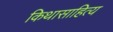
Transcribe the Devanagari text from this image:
किथासाहित्य